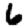
Digit: 6